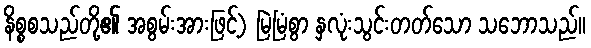
နိစ္စစသည်တို့၏ အစွမ်းအားဖြင့်) မြဲမြံစွာ နှလုံးသွင်းတတ်သော သဘောသည်။